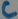
Text: C